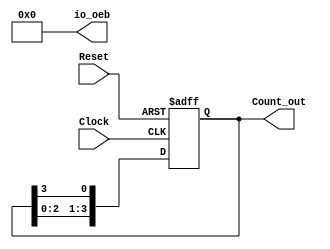


module ring_counter (
   
`ifdef USE_POWER_PINS
    inout vccd1,	// User area 1 1.8V supply
    inout vssd1,	// User area 1 digital ground
   
      
   
   
`endif

    input Clock, Reset, output [3:0] Count_out, output wire [3:0] io_oeb);
    
    reg [3:0] Count_temp;
    assign io_oeb = 4'b0000;

    //Whenever the Clock changes from 0 to 1(positive edge) or 
    //a change in Reset, execute the always block.
    always @(posedge Clock or posedge Reset)
    begin
        if(Reset == 1'b1)   begin  //when Reset is high 
            Count_temp = 4'b0001;   end  //The Count value is reset to "0001".
        else if(Clock == 1'b1)  begin  //When the Clock is high
            //Left shift the Count value.
            Count_temp = {Count_temp[2:0],Count_temp[3]};   end 
    end
    
    //The Count value is assigned to final output port.
    assign Count_out = Count_temp;
    
endmodule
`default_nettype wire